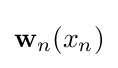
\mathbf {w} _{n}(x_{n})